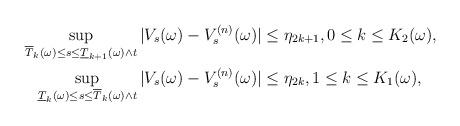
LaTeX: \begin{align*} \sup_{\overline{T}_k (\omega)\leq s \leq \underline{T}_{k+1} (\omega) \wedge t }|V_s (\omega)- V^{(n)}_s (\omega)| &\leq \eta_{2k+1}, 0 \leq k \leq K_2(\omega), \\\sup_{\underline{T}_k (\omega)\leq s \leq \overline{T}_k (\omega) \wedge t}|V_s (\omega)- V^{(n)}_s (\omega)| &\leq \eta_{2k}, 1 \leq k \leq K_1(\omega),\end{align*}